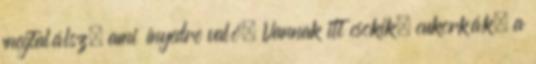
megtalálsz, ami ínyedre való. Vannak itt csokik, cukorkák, a